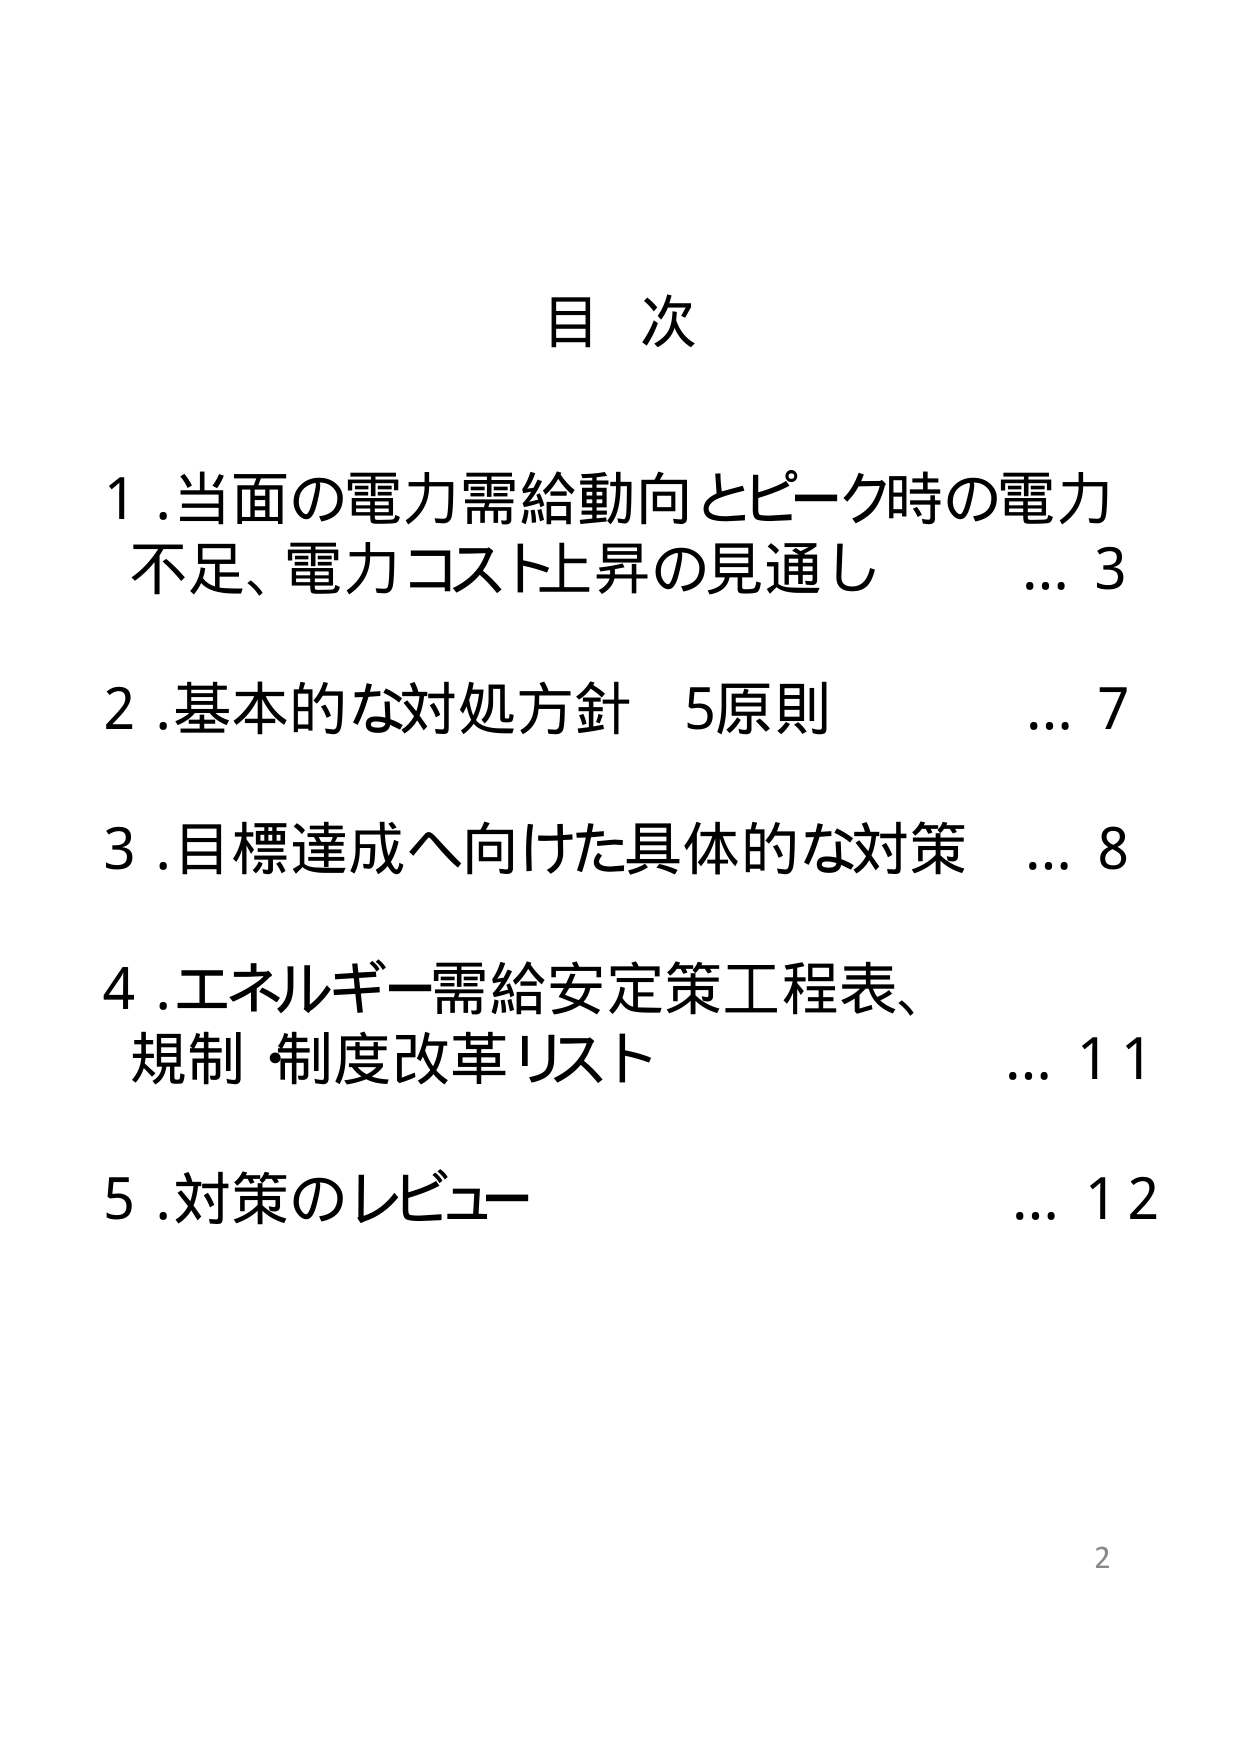
目次

1. 当面の電力需給動向とピーク時の電力不足、電力コスト上昇の見通し … 3

2. 基本的な対処方針 5原則 … 7

3. 目標達成へ向けた具体的な対策 … 8

4. エネルギー需給安定策工程表、規制・制度改革リスト … 11

5. 対策のレビュー … 12

2